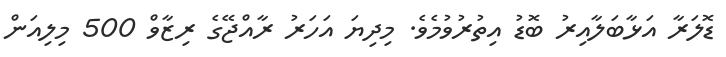
ޑޮލަރާ އަޅާބަލާއިރު ބޮޑު އިތުރުވުމެވެ. މިދިޔަ އަހަރު ރާއްޖޭގެ ރިޒާވް 500 މިލިއަން